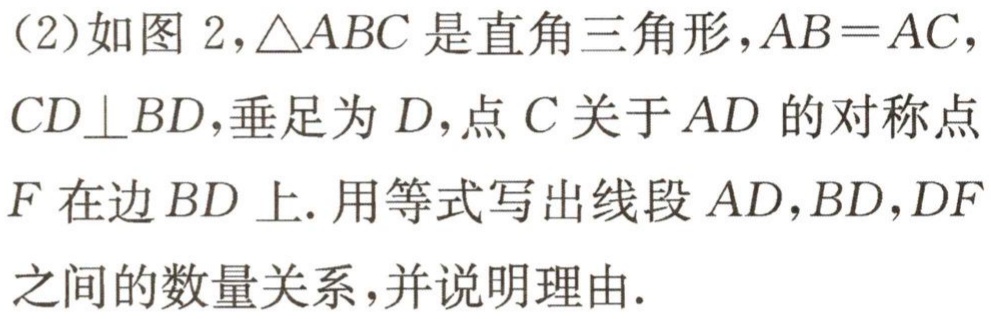
(2)如图2，\(\triangle ABC\)是直角三角形，\(AB = AC\)，\(CD\perp BD\)，垂足为\(D\)，点\(C\)关于\(AD\)的对称点\(F\)在边\(BD\)上.用等式写出线段\(AD\)，\(BD\)，\(DF\)之间的数量关系，并说明理由.